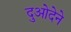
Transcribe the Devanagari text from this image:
दुओदेने